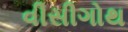
વીસીગોથ